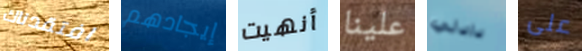
افتقدناك إيجادهم أنهيت علينا دادلي على